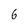
Character: 6